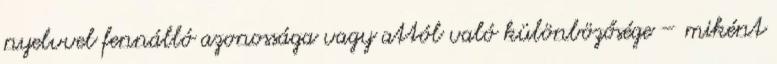
nyelvvel fennálló azonossága vagy attól való különbözősége – miként